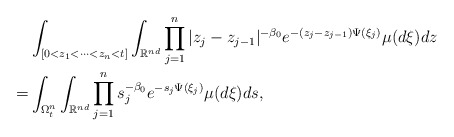
\begin{align*}&\int_{[0< z_1< \dots< z_{n}< t]} \int_{\mathbb R^{nd}}\prod_{j=1}^n|z_j-z_{j-1}|^{-\beta_0} e^{-(z_j-z_{j-1})\Psi(\xi_j)}\mu(d\xi)dz\\=&\int_{\Omega_{t}^{n}} \int_{\mathbb R^{nd}}\prod_{j=1}^ns_j^{-\beta_0} e^{-s_j\Psi(\xi_j)}\mu(d\xi)ds,\end{align*}